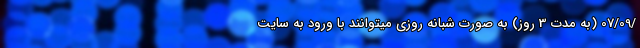
/07/09 (به مدت 3 روز) به صورت شبانه روزي ميتوانند با ورود به سايت